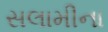
સલામીના